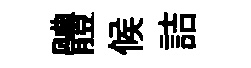
體候詰